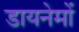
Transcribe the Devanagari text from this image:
डायनेमों